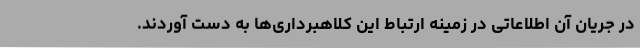
در جریان آن اطلاعاتی در زمینه ارتباط این کلاهبرداری‌ها به دست آوردند.